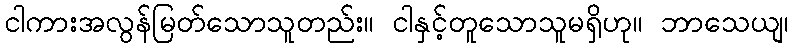
ငါကားအလွန်မြတ်သောသူတည်း။ ငါနှင့်တူသောသူမရှိဟု။ ဘာသေယျ၊